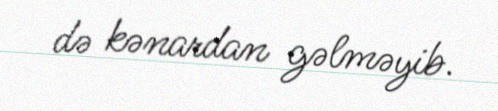
də kənardan gəlməyib.